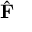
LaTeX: \hat { \mathbf { F } }